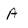
Character: A